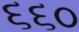
૬૬૦